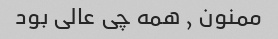
ممنون , همه چی عالی بود